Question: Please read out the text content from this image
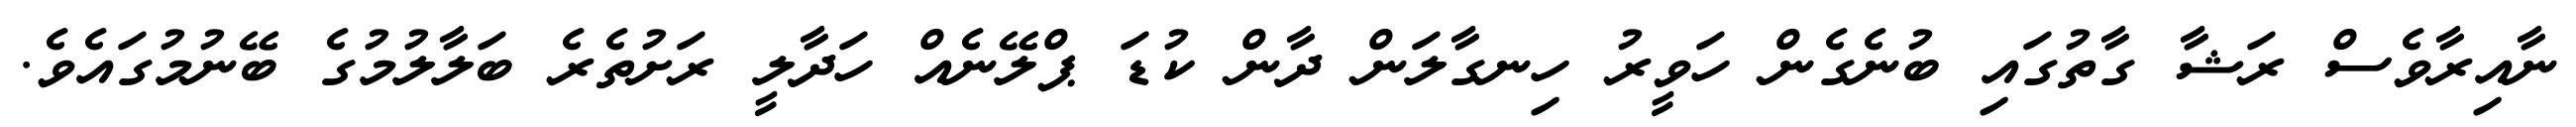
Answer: ނާއިރާވެސް ރަޝާ ގާތުގައި ބުނެގެން ހަވީރު ހިނގާލަން ދާން ކުޑަ ޕްލޭނެއް ހަދާލީ ރަށުތެރެ ބަލާލުމުގެ ބޭނުމުގައެވެ.